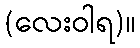
(လေးဝါရ)။